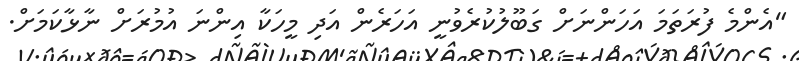
"އެންމެ ފުރަތަމަ އަހަންނަށް ގަބޫލުކުރެވުނީ އަހަރެން އަދި މީހަކާ އިންނަ އުމުރަށް ނާޅާކަަމަށް.